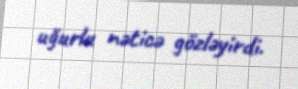
uğurlu nəticə gözləyirdi.